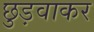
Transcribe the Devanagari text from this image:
छुड़वाकर